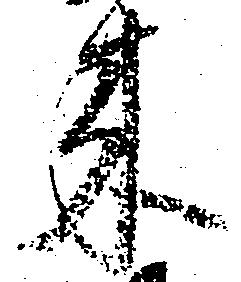
来